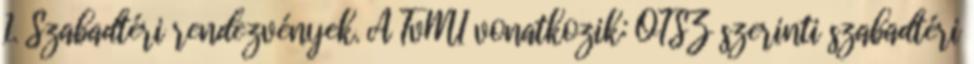
1. Szabadtéri rendezvények. A TvMI vonatkozik: OTSZ szerinti szabadtéri